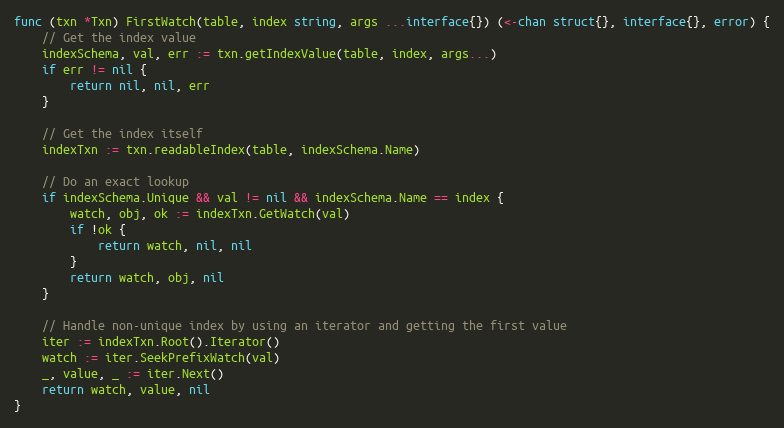
Language: Go
func (txn *Txn) FirstWatch(table, index string, args ...interface{}) (<-chan struct{}, interface{}, error) {
	// Get the index value
	indexSchema, val, err := txn.getIndexValue(table, index, args...)
	if err != nil {
		return nil, nil, err
	}

	// Get the index itself
	indexTxn := txn.readableIndex(table, indexSchema.Name)

	// Do an exact lookup
	if indexSchema.Unique && val != nil && indexSchema.Name == index {
		watch, obj, ok := indexTxn.GetWatch(val)
		if !ok {
			return watch, nil, nil
		}
		return watch, obj, nil
	}

	// Handle non-unique index by using an iterator and getting the first value
	iter := indexTxn.Root().Iterator()
	watch := iter.SeekPrefixWatch(val)
	_, value, _ := iter.Next()
	return watch, value, nil
}